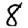
Digit: 8